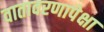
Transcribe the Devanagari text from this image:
वातावरणापेक्षा